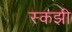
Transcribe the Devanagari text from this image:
स्कझी